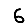
Digit: 6